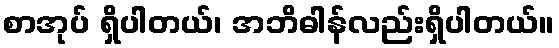
စာအုပ် ရှိပါတယ်၊ အဘိဓါန်လည်းရှိပါတယ်။